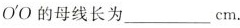
O'O的母线长为___cm。